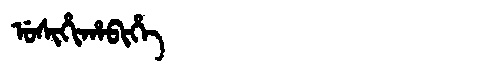
Manchu: ᡠᠰᡳᡥᡳᡥᠠᠪᡳᡥᡝ
Romanization: USIHIHABIHE